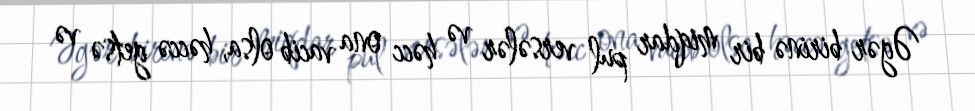
Əgər birinə bir miqdar pul versələr və həcc ona vacib olsa, həccə getsə və